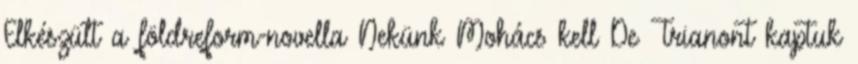
Elkészült a földreform-novella Nekünk Mohács kell De Trianont kaptuk